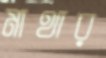
মাথার